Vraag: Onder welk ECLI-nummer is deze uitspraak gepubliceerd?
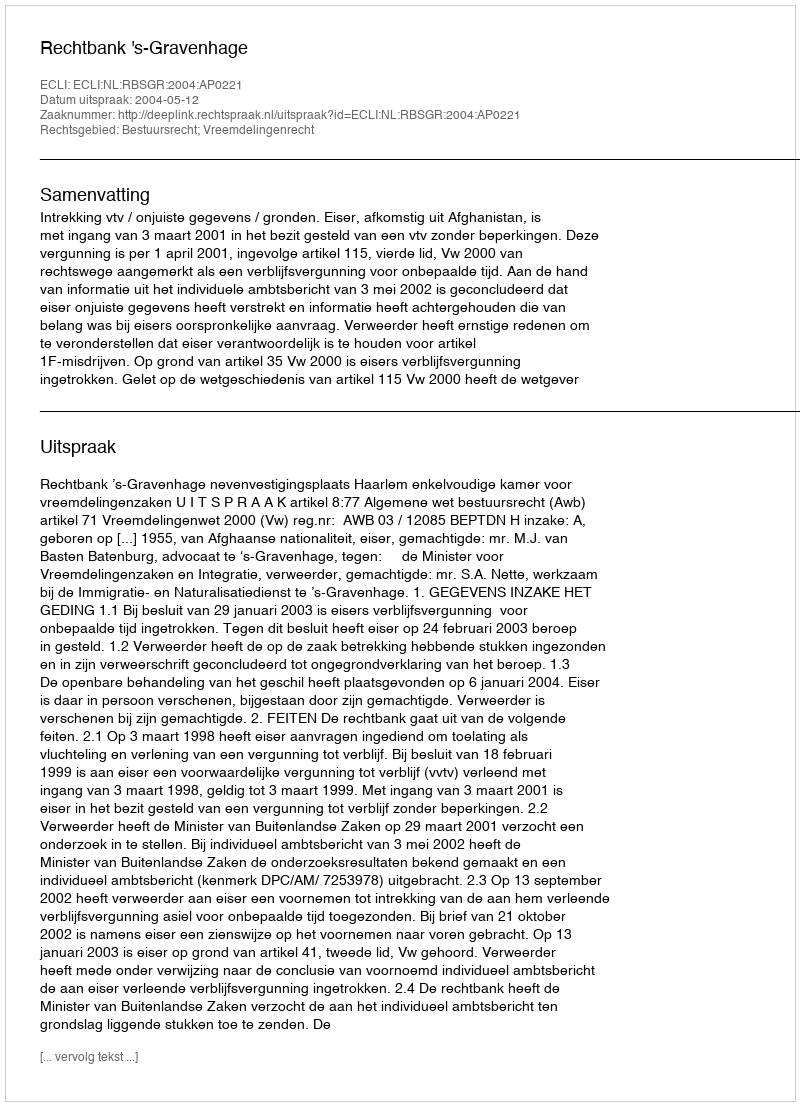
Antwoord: ECLI:NL:RBSGR:2004:AP0221